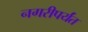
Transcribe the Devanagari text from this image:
नगरीपर्यंत